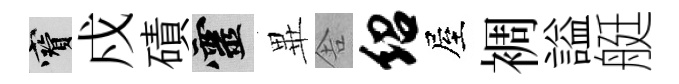
寶戍磧靈𭺾舎绍屋裯謚艇